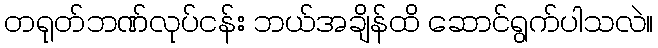
တရုတ်ဘဏ်လုပ်ငန်း ဘယ်အချိန်ထိ ဆောင်ရွက်ပါသလဲ။